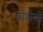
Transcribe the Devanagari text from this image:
जोडीशी